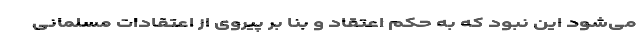
می‌شود این نبود که به حکم اعتقاد و بنا بر پیروی از اعتقادات مسلمانی